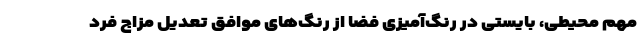
مهم محیطی، بایستی در رنگ‌آمیزی فضا از رنگ‌های موافق تعدیل مزاج فرد